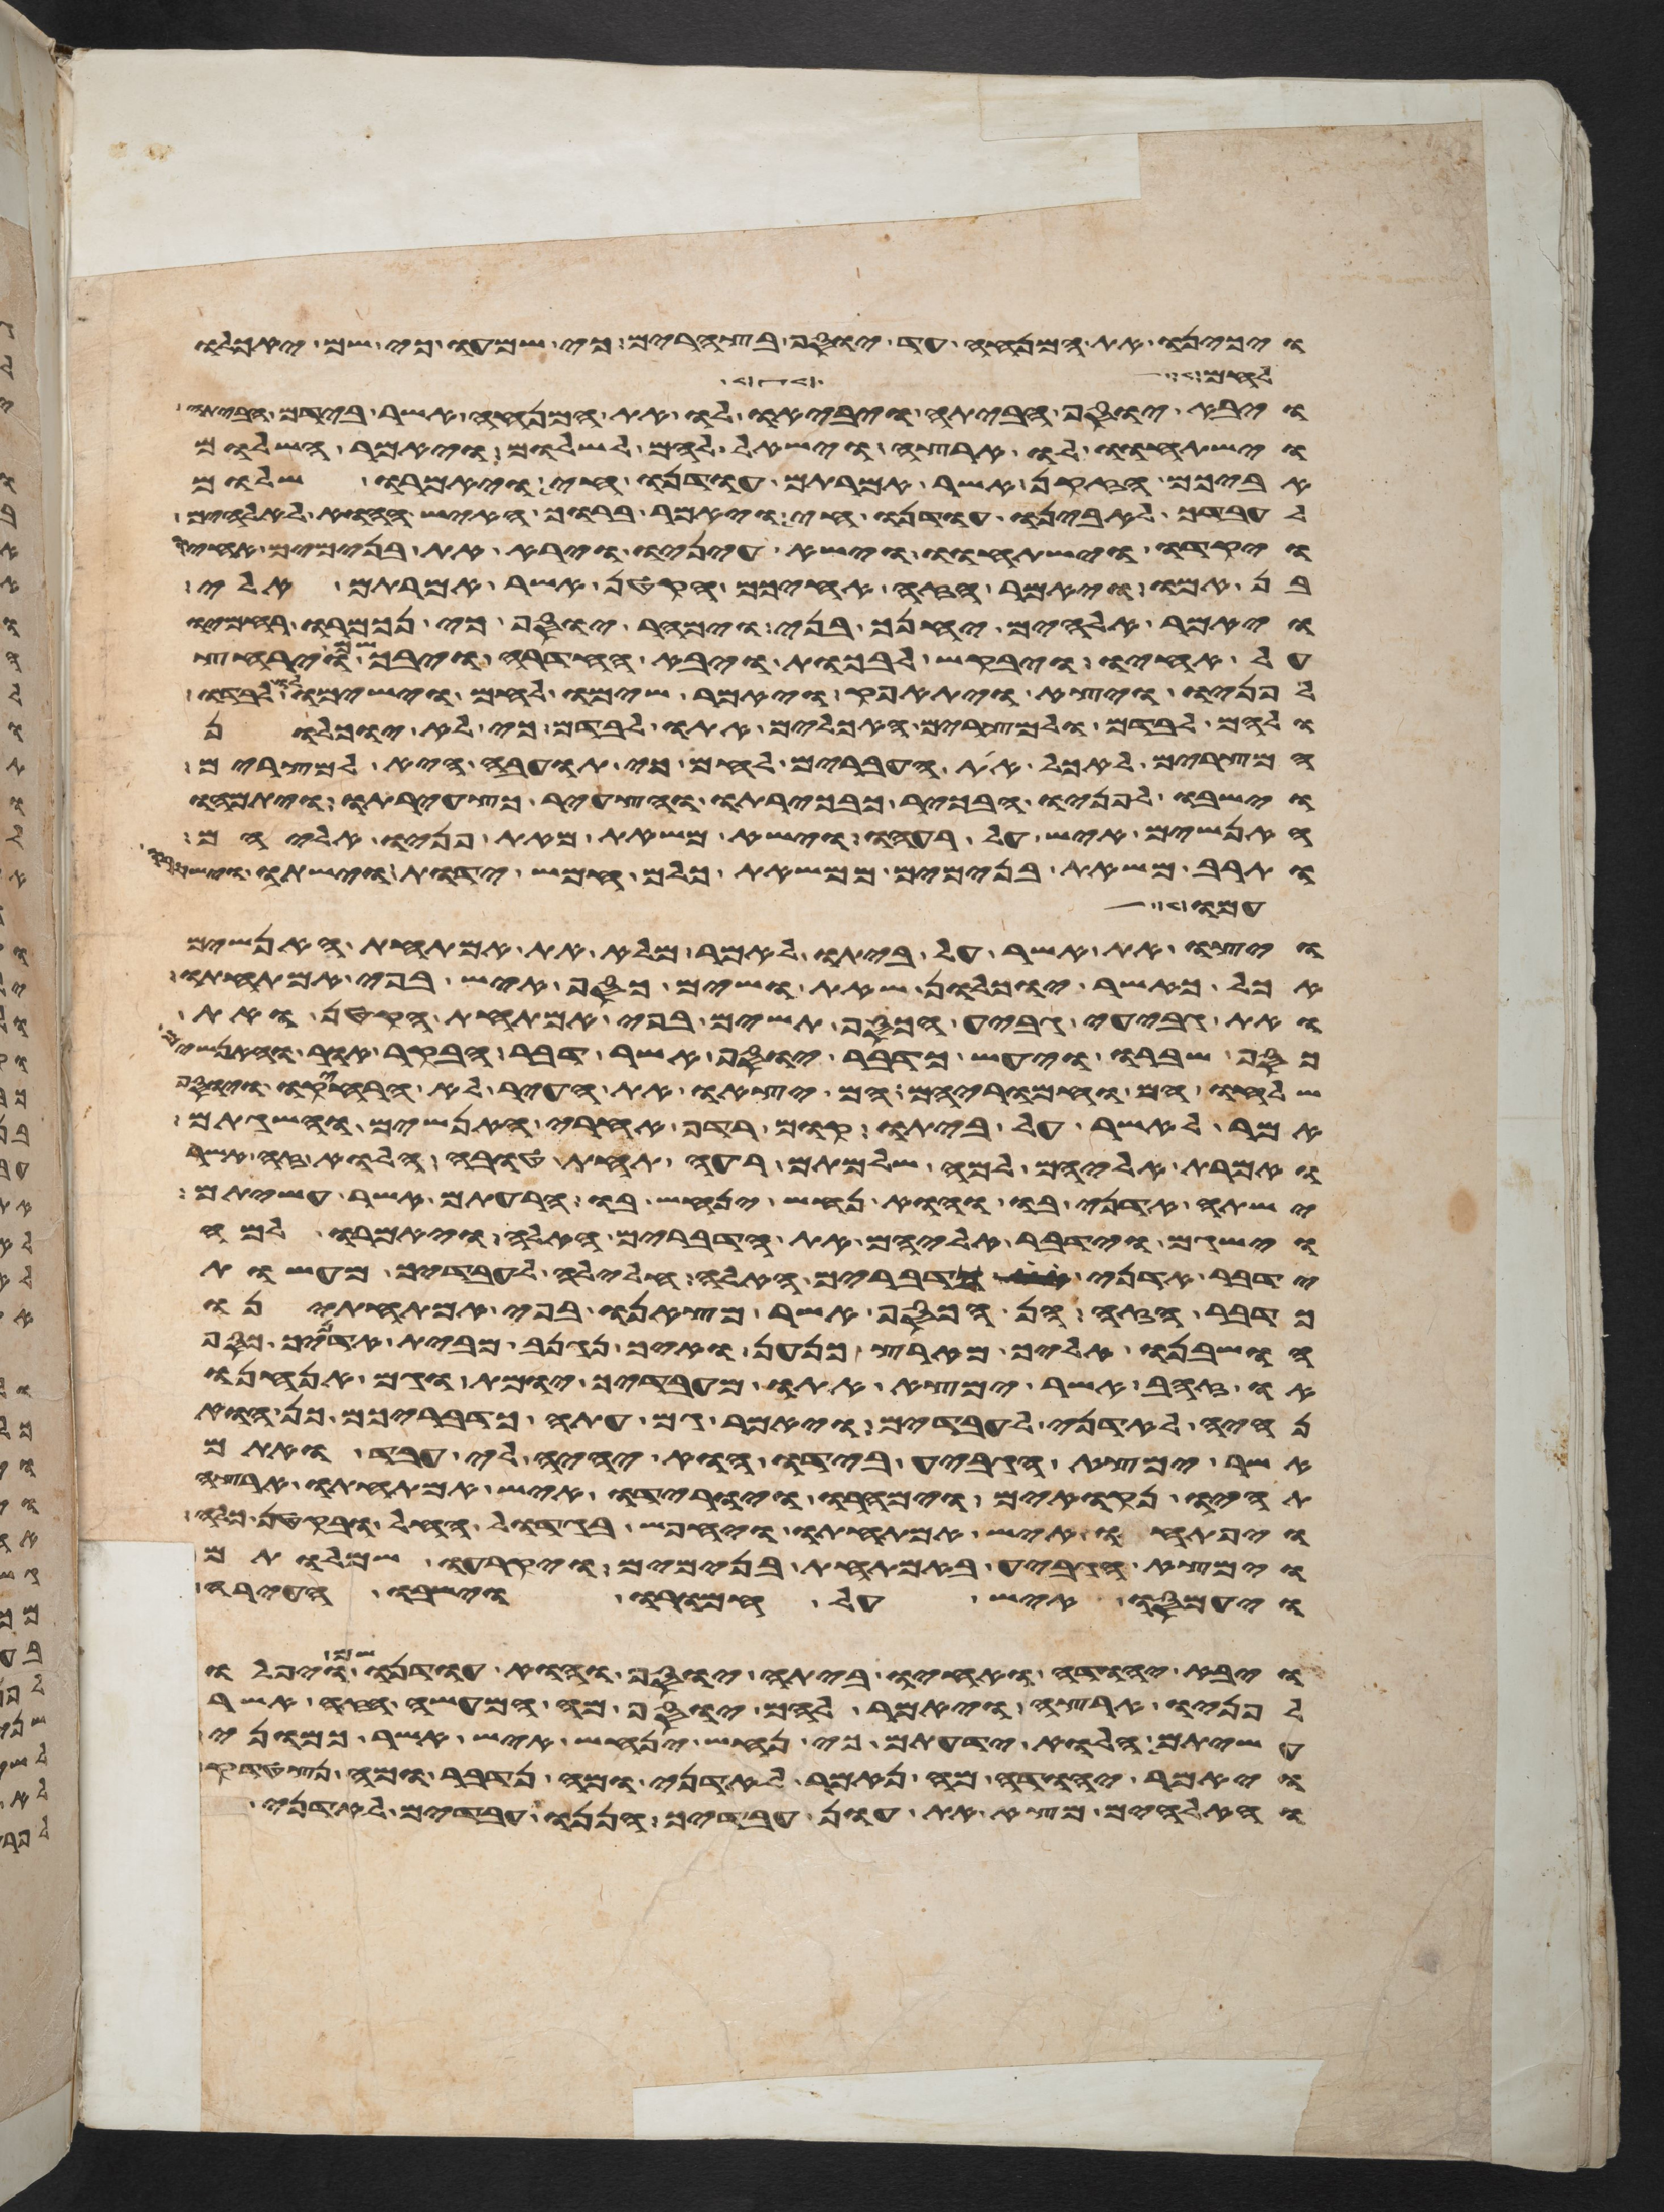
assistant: ויכינו את המנחה עד בא יוסף בצהרים כי שמעו כי שם יאכלו
לחם לשבע
ויבא יוסף הביתה ויביאו לו את המנחה אשר בידם הביתה
וישתחוו לו ארצה וישאל להם לשלום ויאמר השלום
אביכם הזקן אשר אמרתם עודנו חי ויאמרו שלום
לעבדך לאבינו עודנו חי ויאמר ברוך האיש ההוא לאלהים
ויקדו וישתחוו וישא עיניו וירא את בנימים אחיו
בן אמו ויאמר הזה אחיכם הקטן אשר אמרתם אלי
ויאמר אלהים יחנך בני וימהר יוסף כי נכמרו רחמיו
על אחיו ויבקש לבכות ויבא החדרה ויבך שם וירחץ
פניו ויצא ויתאפק ויאמר שימו לחם וישמו לו
ולהם לבדם ולמצרים האכלים אתו לבדם כי לא יוכלון
המצרים לאכל את העברים לחם כי תועבה היא למצרים
וישבו לפניו הבכור כבכירתו והצעיר כצעירתו ויתמהו
האנשים איש על רעהו וישא משאת מאת פניו אליהם
ותרב משאת בנימים ממשאת כלם חמש ידות וישתו
עמו
ויצו את אשר על ביתו לאמר מלא את אמתחת האנשים
אכל כאשר יוכלון שאת ושים כסף איש בפי אמתחתו
ואת גביע גביע הכסף תשים בפי אמתחת הקטן ואת
כסף שברו ויעש כדבר יוסף אשר דבר הבקר אור והאנשים
שלחו הם וחמריהם הם יצאו את העיר לא הרחיקו ויוסף
אמר לאשר על ביתו קום רדף אחרי האנשים והשגתם
ואמרת אליהם למה שלמתם רעה תחת טובה הלוא זה אשר
ישתה אדני בו והוא נחש ינחש בו הרעתם אשר עשיתם
וישגם וידבר אליהם את הדברים האלה ויאמרו למה
ידבר אדני כדברים האלה חלילה לעבדיך מעשות
כדבר הזה הן הכסף אשר מצאנו בפי אמתחתינו
הושבנו אליך מארץ כנען ואיך נגנב מבית אדניך כסף
או זהב אשר ימצא אתו מעבדיך יומת וגם אנחנו
נהיה לאדני לעבדים ויאמר גם עתה כדבריכם כן הוא
אשר נמצא הגביע בידו הוא יהיה לי עבד ואתם
תהיו נקואים וימהרו ויורידו איש אמתחתו ארצה
ויפתחו איש אמתחתו ויחפש בגדול החל ובקטן כלה
וימצא הגביע באמתחת בנימים ויקרעו שמלותם
ויעמסו איש על חמורו וישבו העירה
ויבא יהודה ואחיו ביתה יוסף והוא עודנו שם ויפלו
לפניו ארצה ויאמר להם יוסף מה המעשה הזה אשר
עשיתם הלוא ידעתם כי נחש ינחש איש אשר כמוני
ויאמר יהודה מה נאמר לאדני ומה נדבר ומה נצטדק
והאלהים מצא את עון עבדיך הננו עבדים לאדני